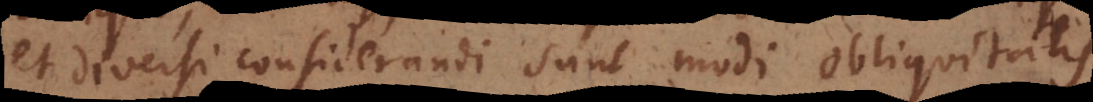
et diversi considerandi sunt modi obliquitatis.